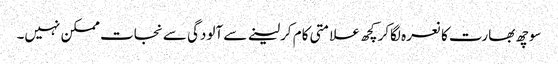
سوچھ بھارت کا نعرہ لگاکر کچھ علامتی کام کرلینے سے آلودگی سے نجات ممکن نہیں۔